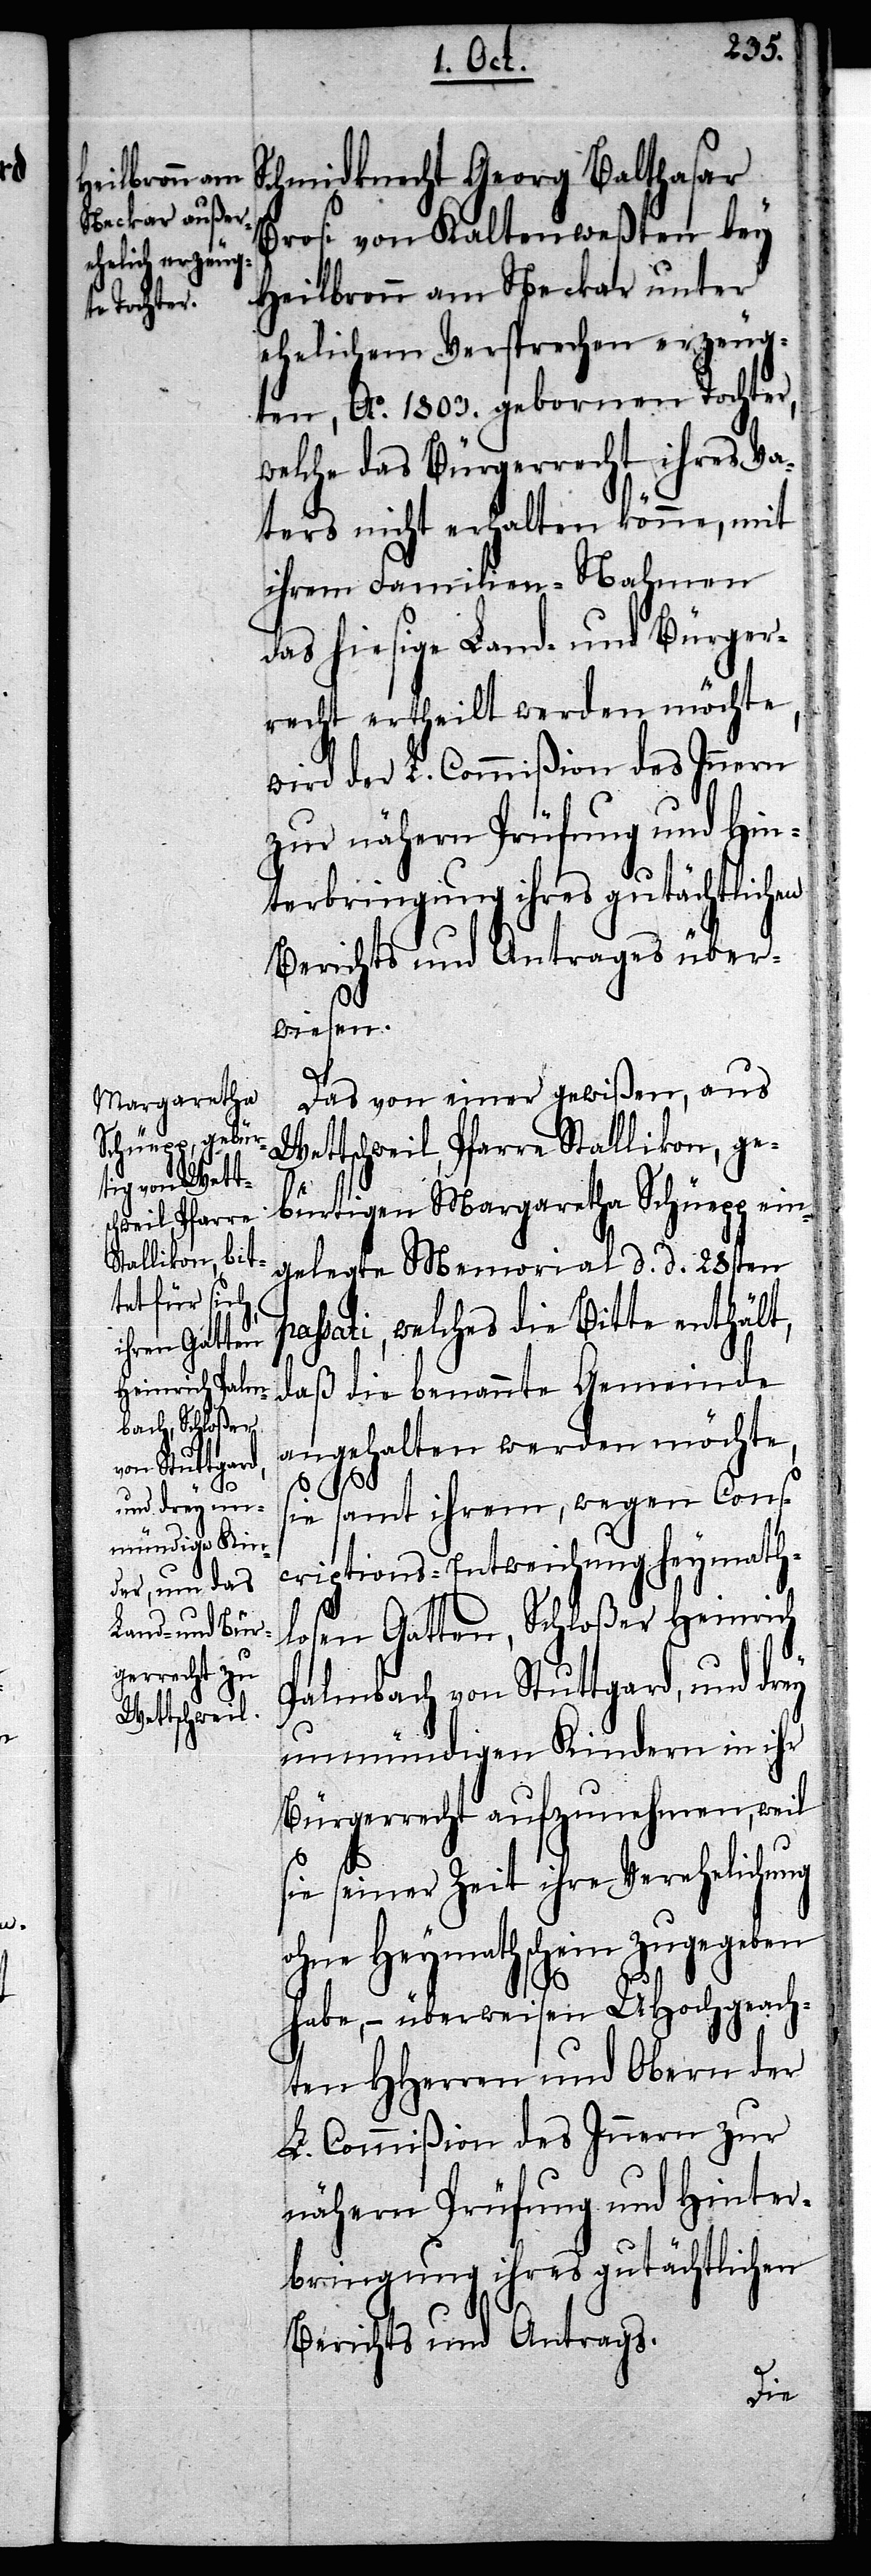
Schmidknecht Georg Balthasar
Brosi von Kaltenweßten bey
Heilbronn am Neckar unter
ehelichem Versprechen erzeug¬
ten, Ao. 1803. gebornen Tochter,
welche das Bürgerrecht ihres Va¬
ters nicht erhalten könne, mit
ihrem Familien-Nahmen
das hiesige Land- und Bürger¬
recht ertheilt werden möchte,
wird der L. Commißion des Innern
zur nähern Prüfung und Hin¬
terbringung ihres gutächtlichen
Berichts und Antrages über¬
wiesen.
Das von einer gewißen, aus
Wettschweil, Pfarre Stallikon, ge¬
bürtigen Margaretha Schüepp ein¬
gelegte Memorial d. d. 28sten
passati, welches die Bitte enthält,
daß die benannte Gemeinde
angehalten werden möchte,
sie samt ihrem, wegen Cons¬
criptions-Entweichung heymath¬
losen Gatten, Schloßer Heinrich
Pambach von Stuttgard, und drey
unmündigen Kindern in ihr
Bürgerrecht aufzunehmen, weil
sie seiner Zeit ihre Verehelichung
ohne Heymathschein zugegeben
habe, – überweisen UHochgeach¬
ten HHerren und Obern der
L. Commißion des Innern zur
nähern Prüfung und Hinter¬
bringung ihres gutächtlichen
Berichts und Antrags.